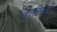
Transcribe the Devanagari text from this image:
प्लासिडो